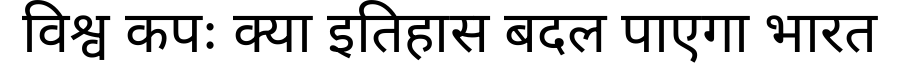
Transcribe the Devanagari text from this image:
विश्व कपः क्या इतिहास बदल पाएगा भारत